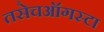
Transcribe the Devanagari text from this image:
तसेचऑगस्टा